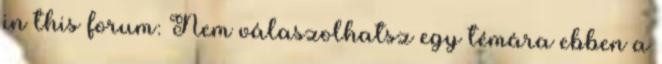
in this forum: Nem válaszolhatsz egy témára ebben a